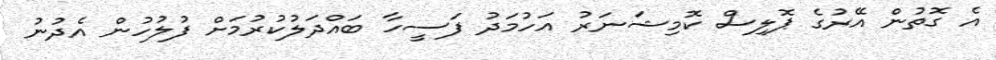
އެ ގޮތުން އޭރުގެ ޕޮލިސް ކޮމިޝަނަރު އަހުމަދު ފަސީހާ ބައްދަލުކުރުމަށް ފުލުހުން އެދުނު